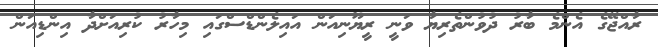
ރާއްޖޭގެ އެންމެ ބާރު ދުވުންތެރިޔާ ވަނީ ރީޔޫނިއަން އައިލެންޑްސްގައި މިހާރު ކުރިއަށްދާ އިންޑިއަން